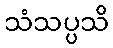
သံသပ္ပသိ